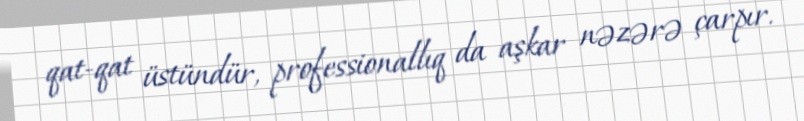
qat-qat üstündür, professionallıq da aşkar nəzərə çarpır.